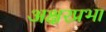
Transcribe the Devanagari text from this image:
अक्षरप्रभा